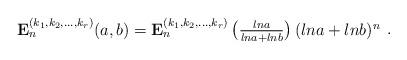
LaTeX: \begin{align*}\begin{array}{c}\mathbf{E}_{n}^{(k_1,k_2,...,k_r)}(a,b)=\mathbf{E}_{n}^{(k_1,k_2,...,k_r)}\left(\frac{lna}{lna+lnb}\right)(lna+lnb)^n\end{array}.\end{align*}